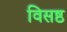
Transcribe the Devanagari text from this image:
विसष्ठ